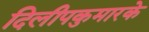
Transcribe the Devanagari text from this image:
दिलीपकुमारके